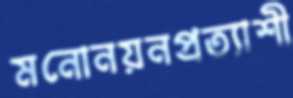
মনোনয়নপ্রত্যাশী